Indian journal of veterinary science and animal husbandry - Volumes 15-17, 1948-1951
Year: 1948
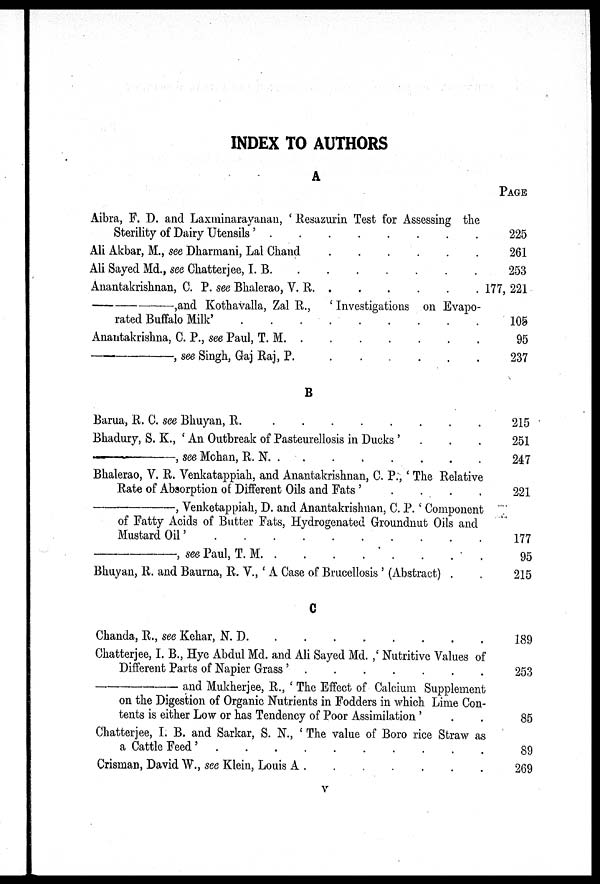
INDEX TO AUTHORS
A
Aibra, F. D. and Laxminarayanan, ' Resazurin Test for Assessing the
Sterility of Dairy Utensils '
.
.
.
.
.
.
.
.
Ali Akbar, M., see Dharmani, Lal Chand . . . . . .
Ali Sayed Md., see Chatterjee, I. B. . . . . . . .
Anantakrishnan, C. P. see Bhalerao, V. R. . . . . . .
—,and Kothavalla, Zal R., ' Investigations on Evapo-
rated Buffalo Milk' . . . . . . . . .
Anantakrishna, C. P., see Paul, T. M
.
.
.
.
.
.
.
—,
see Singh, Gaj Raj, P. . . . . . .
B
Barua, R. C. see Bhuyan,
R.
.
.
.
.
.
.
.
.
Bhadury, S. K., 'An Outbreak of Pasteurellosis in Ducks ' . . .
—,
see Mohan, R. N. . . . . . . .
Bhalerao, V. R. Venkatappiah, and Anantakrishnan, C. P., ' The Relative
Rate of Absorption of Different Oils and Fats ' . . . .
—,
Venketappiah, D. and Anantakrishnan, C. P.' Component
of Fatty Acids of Butter Fats, Hydrogenated Groundnut Oils and
Mustard Oil' . . . . . . . . . .
—,
see Paul, T. M. . . . . . . . .
Bhuyan, R. and Baurna, R. V., ' A Case of Brucellosis ' (Abstract) . .
C
Chanda, R., see Kehar, N. D. . . . . . . . .
Chatterjee, I. B., Hye Abdul Md. and Ali Sayed Md. ,' Nutritive Values of
Different Parts of Napier Grass ' . . . . . . .
—
and Mukherjee, R., ' The Effect of Calcium Supplement
on the Digestion of Organic Nutrients in Fodders in which Lime Con-
tents is either Low or has Tendency of Poor Assimilation '
Chatterjee, I. B. and Sarkar, S. N., ' The value of Boro rice Straw as
a Cattle Feed '
.
.
.
.
.
.
.
.
.
.
Crisman, David W., see Klein, Louis A . . . . . . .
PAGE
225
261
253
177, 221
105
95
237
215
251
247
221
177
95
215
189
253
85
89
269
V